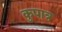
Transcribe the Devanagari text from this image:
कुपात्र